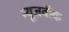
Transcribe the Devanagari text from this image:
न्‍यूजवीक